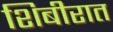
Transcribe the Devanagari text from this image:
शिबीरात